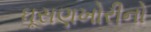
ઘૂસણખોરીનો